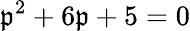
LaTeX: \mathfrak{p}^{2}+6\mathfrak{p}+5=0